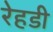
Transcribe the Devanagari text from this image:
रेहडी